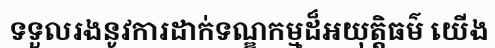
ទទួលរងនូវការដាក់ទណ្ឌកម្មដ៏អយុត្តិធម៌ យើង